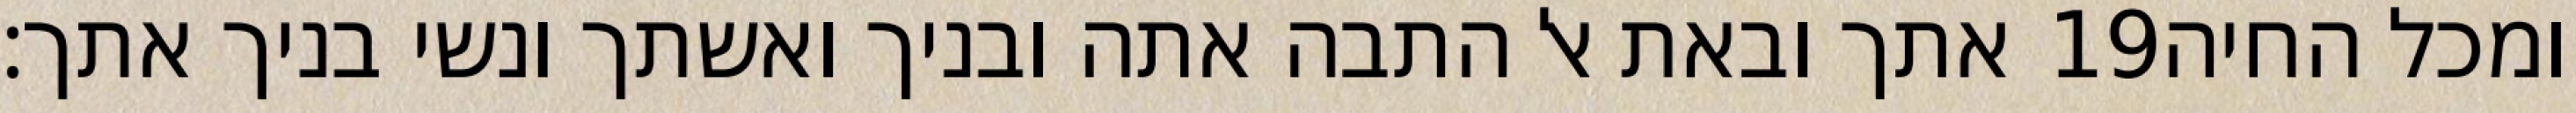
אתך ובאת אל התבה אתה ובניך ואשתך ונשי בניך אתך׃ ‎19‏ ומכל החיה